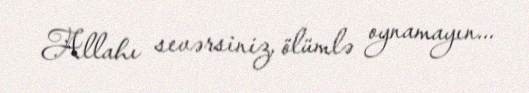
Allahı sevərsiniz, ölümlə oynamayın...